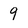
Character: 9